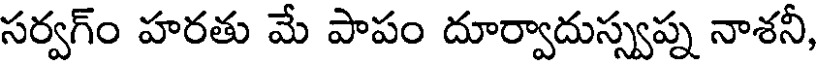
సర్వగ్ం హరతు మే పాపం దూర్వాదుస్స్వప్న నాశనీ,